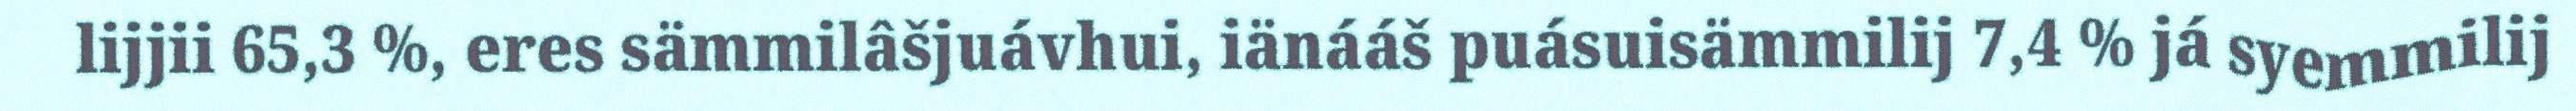
lijjii 65,3 %, eres sämmilâšjuávhui, iänááš puásuisämmilij 7,4 % já syemmilij